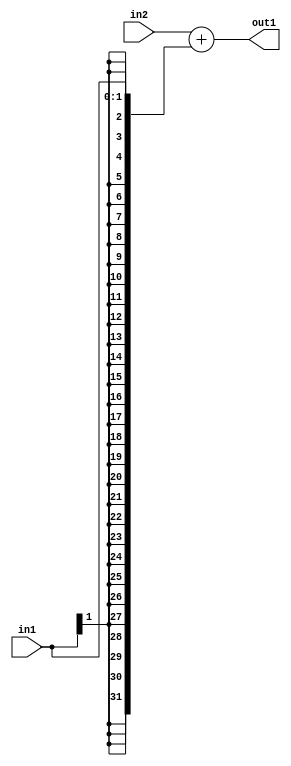
`timescale 1ps / 1ps
/*****************************************************************************
    Verilog RTL Description
    
    
    Created by: Stratus DpOpt 2019.1.01 
*******************************************************************************/

module fix2float_Add_32Sx2S_32S_4_1 (
	in2,
	in1,
	out1
	); /* architecture "behavioural" */ 
input [31:0] in2;
input [1:0] in1;
output [31:0] out1;
wire [31:0] asc001;

assign asc001 = 
	+(in2)
	+({{30{in1[1]}}, in1});

assign out1 = asc001;
endmodule

/* CADENCE  ubL0Tgw= : u9/ySgnWtBlWxVPRXgAZ4Og= ** DO NOT EDIT THIS LINE ******/